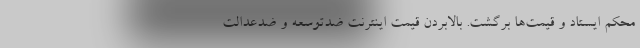
محکم ایستاد و قیمت‌ها برگشت. بالابردن قیمت اینترنت ضدتوسعه و ضدعدالت